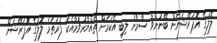
ލޮލުގެ އޮޕަރޭޝަނަށް ބޭނުންވާ ސާމާނު ލިބި އެކަމަށް ތައްޔާރުވުމާއެކު ފުރަތަމަ ލޮލުގެ އޮޕަރޭޝަން